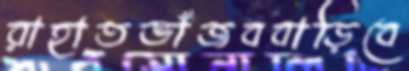
রাহাতভাঁজববাড়িবে